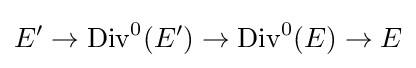
E'\to \operatorname {Div} ^{0}(E')\to \operatorname {Div} ^{0}(E)\to E